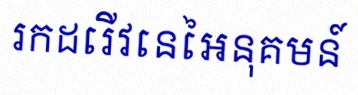
រកដេរីវេនៃអនុគមន៍